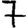
Digit: 7